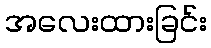
အလေးထားခြင်း